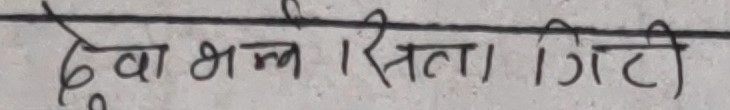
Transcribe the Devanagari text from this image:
दुवा भन्न । सित्रा । गिटि